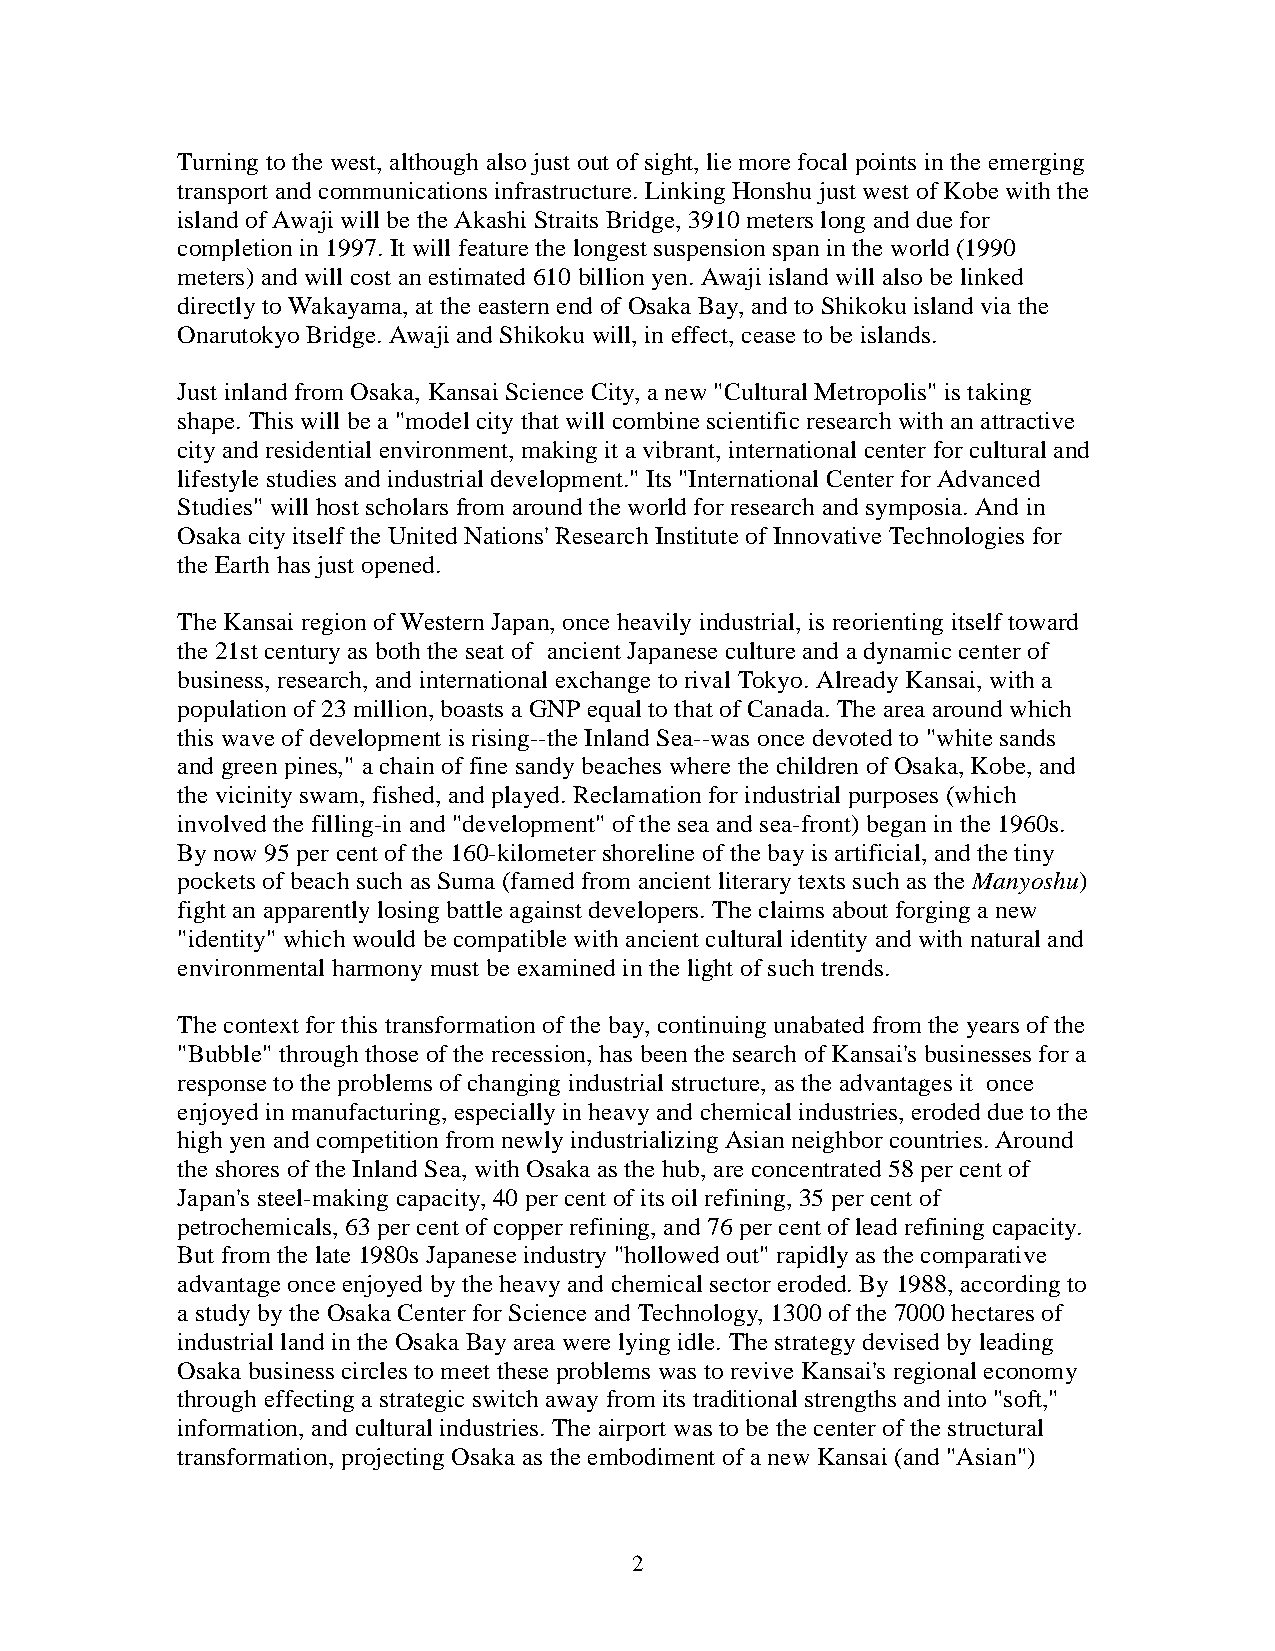
Turning to the west, although also just out of sight, lie more focal points in the emerging
 transport and communications infrastructure. Linking Honshu just west of Kobe with the
 island of Awaji will be the Akashi Straits Bridge, 3910 meters long and due for
 completion in 1997. It will feature the longest suspension span in the world (1990
 meters) and will cost an estimated 610 billion yen. Awaji island will also be linked
 directly to Wakayama, at the eastern end of Osaka Bay, and to Shikoku island via the
 Onarutokyo Bridge. Awaji and Shikoku will, in effect, cease to be islands.
 Just inland from Osaka, Kansai Science City, a new "Cultural Metropolis" is taking
 shape. This will be a "model city that will combine scientific research with an attractive
 city and residential environment, making it a vibrant, international center for cultural and
 lifestyle studies and industrial development." Its "International Center for Advanced
 Studies" will host scholars from around the world for research and symposia. And in
 Osaka city itself the United Nations' Research Institute of Innovative Technologies for
 the Earth has just opened.
 The Kansai region of Western Japan, once heavily industrial, is reorienting itself toward
 the 21st century as both the seat of ancient Japanese culture and a dynamic center of
 business, research, and international exchange to rival Tokyo. Already Kansai, with a
 population of 23 million, boasts a GNP equal to that of Canada. The area around which
 this wave of development is rising--the Inland Sea--was once devoted to "white sands
 and green pines," a chain of fine sandy beaches where the children of Osaka, Kobe, and
 the vicinity swam, fished, and played. Reclamation for industrial purposes (which
 involved the filling-in and "development" of the sea and sea-front) began in the 1960s.
 By now 95 per cent of the 160-kilometer shoreline of the bay is artificial, and the tiny
 pockets of beach such as Suma (famed from ancient literary texts such as the Manyoshu)
 fight an apparently losing battle against developers. The claims about forging a new
 "identity" which would be compatible with ancient cultural identity and with natural and
 environmental harmony must be examined in the light of such trends.
 The context for this transformation of the bay, continuing unabated from the years of the
 "Bubble" through those of the recession, has been the search of Kansai's businesses for a
 response to the problems of changing industrial structure, as the advantages it once
 enjoyed in manufacturing, especially in heavy and chemical industries, eroded due to the
 high yen and competition from newly industrializing Asian neighbor countries. Around
 the shores of the Inland Sea, with Osaka as the hub, are concentrated 58 per cent of
 Japan's steel-making capacity, 40 per cent of its oil refining, 35 per cent of
 petrochemicals, 63 per cent of copper refining, and 76 per cent of lead refining capacity.
 But from the late 1980s Japanese industry "hollowed out" rapidly as the comparative
 advantage once enjoyed by the heavy and chemical sector eroded. By 1988, according to
 a study by the Osaka Center for Science and Technology, 1300 of the 7000 hectares of
 industrial land in the Osaka Bay area were lying idle. The strategy devised by leading
 Osaka business circles to meet these problems was to revive Kansai's regional economy
 through effecting a strategic switch away from its traditional strengths and into "soft,"
 information, and cultural industries. The airport was to be the center of the structural
 transformation, projecting Osaka as the embodiment of a new Kansai (and "Asian")
 2